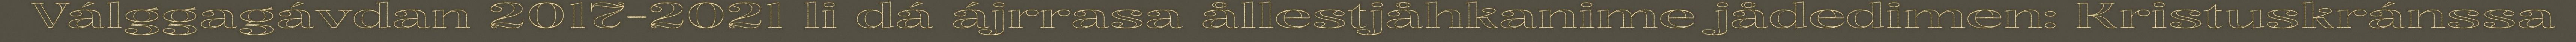
Válggagávdan 2017-2021 li dá ájrrasa ållestjåhkanime jådedimen: Kristuskránssa